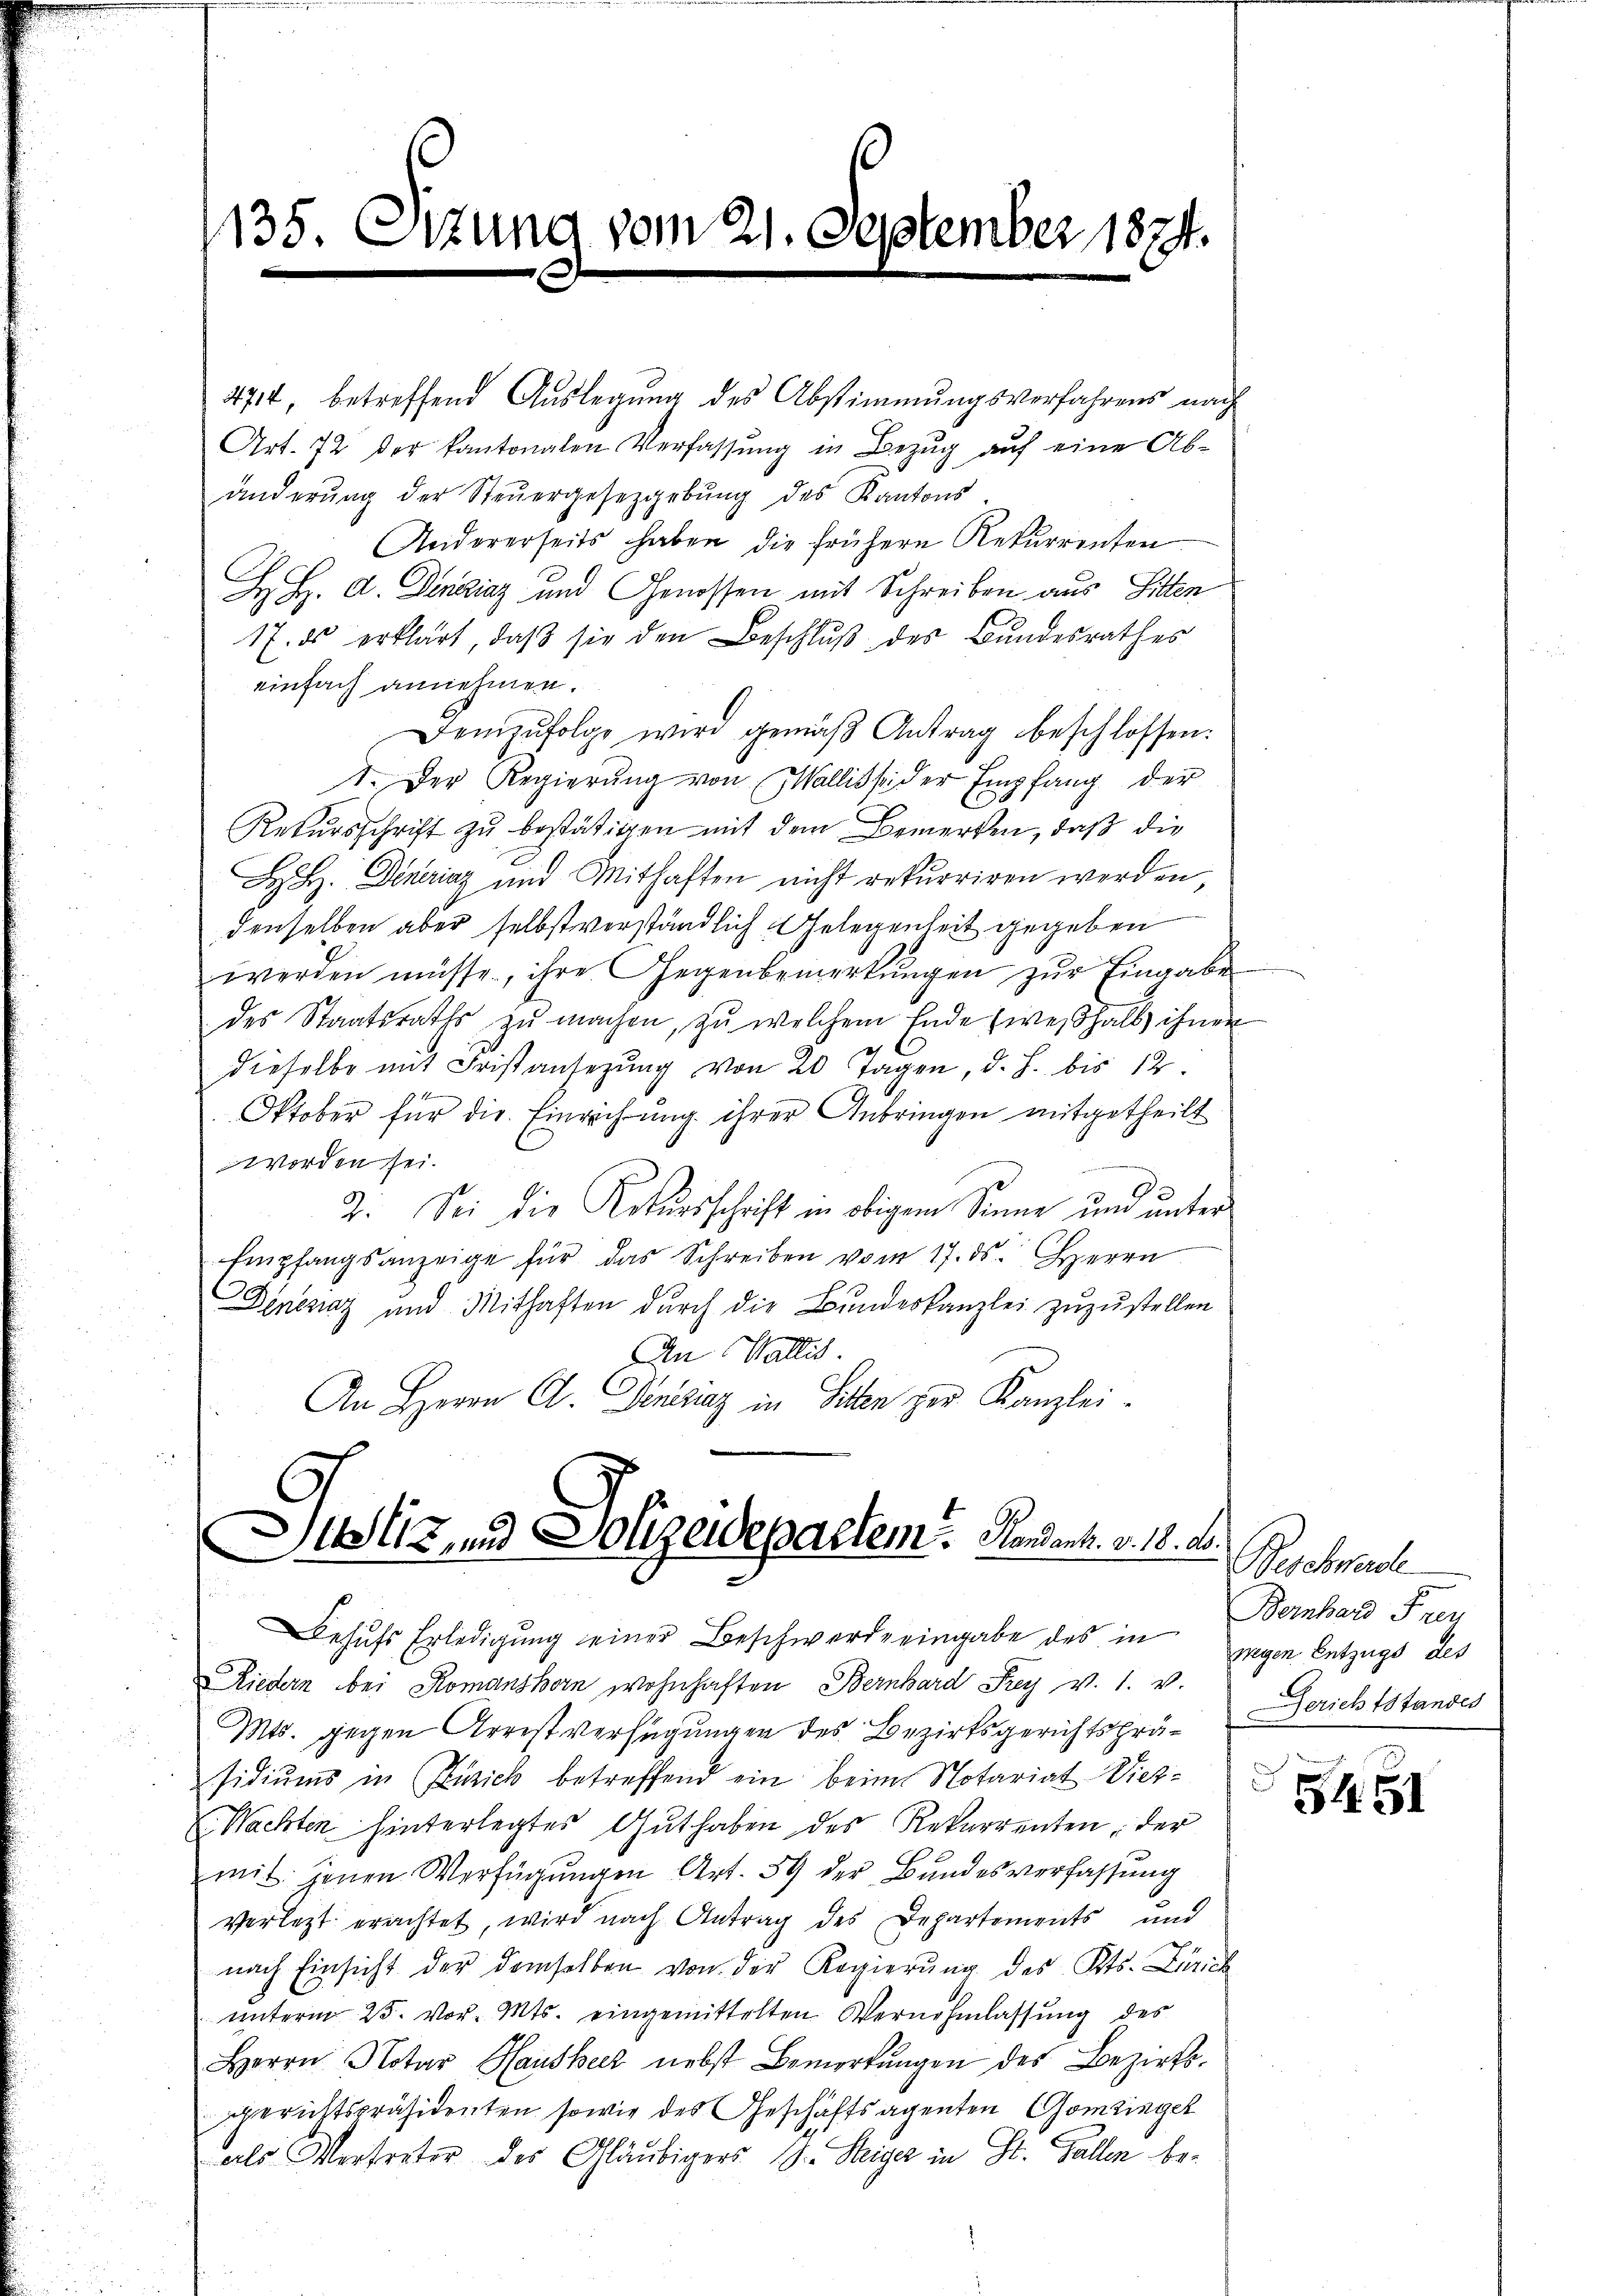
135. Sitzung vom 21. September 1874.

4714, betreffend Auslegung des Abstimmungsverfahrens nach
Art. 72 der kantonalen Verfassŭng in Bezug auf eine Ab-
änderŭng der Steŭergesetzgebung des Kantons
Andererseits haben die frühere Rekurrenten
H. H. A. Deneziaz und Genossen mit Schreiben aus Sitten
17. ds erklärt, daβ sie den Beschlŭβ des Bundesrathes
einfach annehmen.
Demzufolge wird gemäβ Antrag beschlossen:
1. Der Regierŭng von Wallisse der Empfang der
Rekursschrift zŭ bestätigen mit dem Bemerken, daß die
H H. Deneraz und Mithaften nicht rekurriren werden,
denselben aber selbstverständlich Gelegenheit gegeben
werden müsse, ihre Gegenbemerkŭngen zŭr Eingabe
des Staatsraths zŭ machen, zŭ welchem Ende wesshalb ihnen
dieselbe mit Fristansezŭng von 20 Tagen, d. J. bis 12.
1
Oktober für die Einrechung ihrer Anbringen mitgetheilt
worden sei.

2. Sei die Rekursschrift in obigem Sinne und unter
Empfangsanzeige für das Schreiben vom 17. ds. Herrn
Dencnaz und Mithaften durch die Bundeskanzlei zuzustellen
|
An Wallis.
An Herrn C. Venezuz in Seiten zur Kanzlei-

Justiz, und Polizeidepartem Handant. v. 18. d.
ehufs Erledigung seiner Beschwerde eingabe des in wegen Entzugs als

Riedern bei Komanshorn wohnhaften Bernhard Frey v. 1. v.
Mts. gegen Arrest verfügungen des Bezirksgerichtspräsidiums in Zürich betreffend ein beim Notariat Vieh¬
E. Nachten hinterlegtes Gut haben des Rekurrenten, der
mit jenen Verfügungen Art. 59 der Bundesverfassung
verletzt erachtet, wird nach Antrag des Departements und
nach Einsicht der demselben von der Regierung des Kts. Zürich
ŭnterm 25. vor. Mts. eingemittelten Vernehmlassŭng des
Herrn Notar Hausheer nebst Bemerkungen des Bezirksgerichtspräsidenten sowie des Geschäftsagenten Gomzinget
als Vertreter des Gläubigers . Steiger in St. Gallen be¬

Beschwerde
Bernhard Frey
Berichtstandes

S